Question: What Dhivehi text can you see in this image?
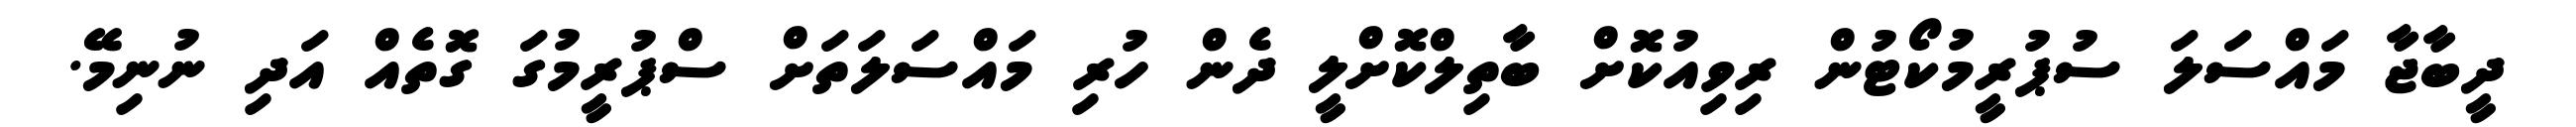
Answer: ދީބާޖާ މައްސަލަ ސުޕުރީމުކޯޓުން ރިވިއުކޮށް ބާތިލްކޮށްލީ ދެން ހުރި މައްސަލަތަށް ސްޕުރީމުގަ ގޮތެއް އަދި ނުނިމޭ.